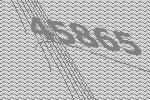
45865